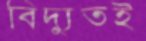
বিদ্যুতই